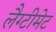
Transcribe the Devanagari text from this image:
लैग्टीमेट